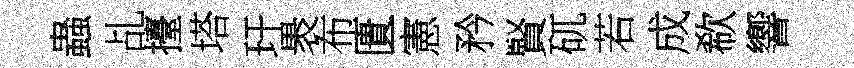
蟲乩擡塔玕褁布匱憲矜賢矹若成欷響